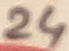
Text: 24